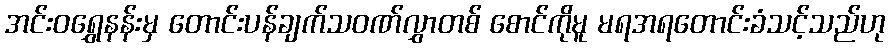
အင်းဝရွှေနန်းမှ တောင်းပန်ချက်သဝဏ်လွှာတစ် စောင်ကိုမူ မရအရတောင်းခံသင့်သည်ဟု